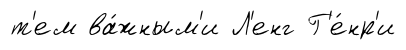
т'ем ва́жным'и Л'енг Г'е́нр'и